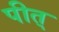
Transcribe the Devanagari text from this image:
पीत्